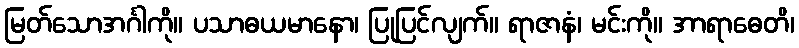
မြတ်သောအင်္ဂါကို။ ပသာဓယမာနော၊ ပြုပြင်လျက်။ ရာဇာနံ၊ မင်းကို။ အာရာဓေတိ၊